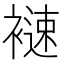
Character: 𧜦